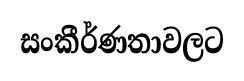
සංකීර්ණතාවලට